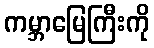
ကမ္ဘာမြေကြီးကို